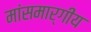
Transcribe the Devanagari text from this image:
मांसमार्गीय